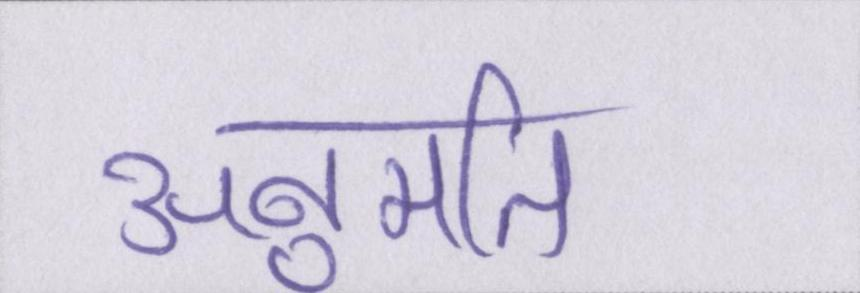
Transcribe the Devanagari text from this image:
अनुमति